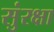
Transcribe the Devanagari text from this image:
सुंरक्षा